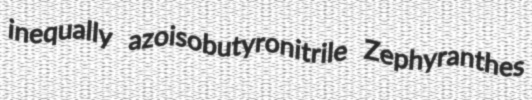
inequally azoisobutyronitrile Zephyranthes